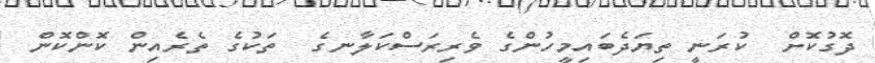
ދޮގުކޮށް  ކުރަނީ ތިޔަދެބައިމީހުންގެ ވެރިރަސްކަލާނގެ  ތަކުގެ ތެރެއިން ކޮންކޮން